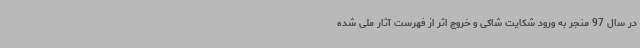
در سال 97 منجر به ورود شکایت شاکی و خروج اثر از فهرست آثار ملی شده